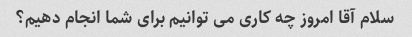
سلام آقا امروز چه کاری می توانیم برای شما انجام دهیم؟